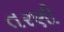
તરણી